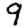
Digit: 9